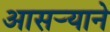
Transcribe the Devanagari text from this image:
आसर्‍याने